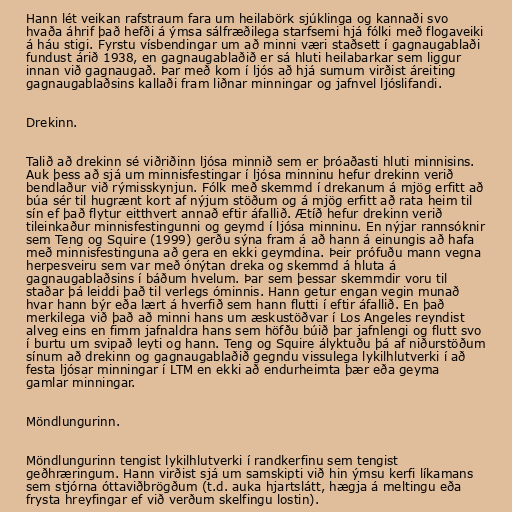
Hann lét veikan rafstraum fara um heilabörk sjúklinga og kannaði svo
hvaða áhrif það hefði á ýmsa sálfræðilega starfsemi hjá fólki með flogaveiki
á háu stigi. Fyrstu vísbendingar um að minni væri staðsett í gagnaugablaði
fundust árið 1938, en gagnaugablaðið er sá hluti heilabarkar sem liggur
innan við gagnaugað. Þar með kom í ljós að hjá sumum virðist áreiting
gagnaugablaðsins kallaði fram liðnar minningar og jafnvel ljóslifandi.

Drekinn.

Talið að drekinn sé viðriðinn ljósa minnið sem er þróaðasti hluti minnisins.
Auk þess að sjá um minnisfestingar í ljósa minninu hefur drekinn verið
bendlaður við rýmisskynjun. Fólk með skemmd í drekanum á mjög erfitt að
búa sér til hugrænt kort af nýjum stöðum og á mjög erfitt að rata heim til
sín ef það flytur eitthvert annað eftir áfallið. Ætíð hefur drekinn verið
tileinkaður minnisfestingunni og geymd í ljósa minninu. En nýjar rannsóknir
sem Teng og Squire (1999) gerðu sýna fram á að hann á einungis að hafa
með minnisfestinguna að gera en ekki geymdina. Þeir prófuðu mann vegna
herpesveiru sem var með ónýtan dreka og skemmd á hluta á
gagnaugablaðsins í báðum hvelum. Þar sem þessar skemmdir voru til
staðar þá leiddi það til verlegs óminnis. Hann getur engan vegin munað
hvar hann býr eða lært á hverfið sem hann flutti í eftir áfallið. En það
merkilega við það að minni hans um æskustöðvar í Los Angeles reyndist
alveg eins en fimm jafnaldra hans sem höfðu búið þar jafnlengi og flutt svo
í burtu um svipað leyti og hann. Teng og Squire ályktuðu þá af niðurstöðum
sínum að drekinn og gagnaugablaðið gegndu vissulega lykilhlutverki í að
festa ljósar minningar í LTM en ekki að endurheimta þær eða geyma
gamlar minningar.

Möndlungurinn.

Möndlungurinn tengist lykilhlutverki í randkerfinu sem tengist
geðhræringum. Hann virðist sjá um samskipti við hin ýmsu kerfi líkamans
sem stjórna óttaviðbrögðum (t.d. auka hjartslátt, hægja á meltingu eða
frysta hreyfingar ef við verðum skelfingu lostin).